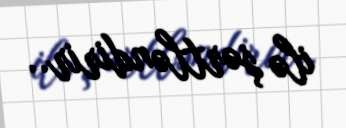
ilə şərtləndirir..